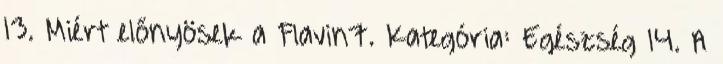
13. Miért előnyösek a Flavin7. Kategória: Egészség 14. A